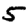
Digit: 5